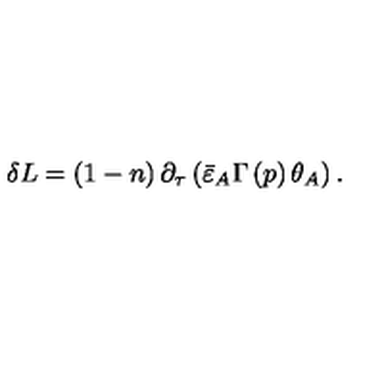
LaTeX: \delta L = \left( 1 - n \right) \partial _ { \tau } \left( \bar { \varepsilon } _ { A } \Gamma \left( p \right) \theta _ { A } \right) .